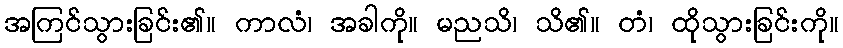
အကြင်သွားခြင်း၏။ ကာလံ၊ အခါကို။ မညသိ၊ သိ၏။ တံ၊ ထိုသွားခြင်းကို။